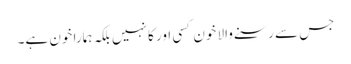
جس سے رسنے والا خون کسی اور کا نہیں بلکہ ہمارا خون ہے۔